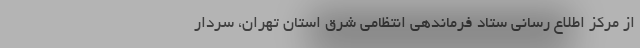
از مرکز اطلاع رسانی ستاد فرماندهی انتظامی شرق استان تهران، سردار